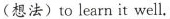
(想法)to learn it well.